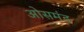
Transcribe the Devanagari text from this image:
ओसमंड